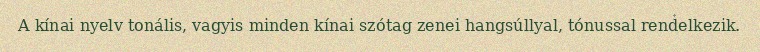
A kínai nyelv tonális, vagyis minden kínai szótag zenei hangsúllyal, tónussal rendelkezik.